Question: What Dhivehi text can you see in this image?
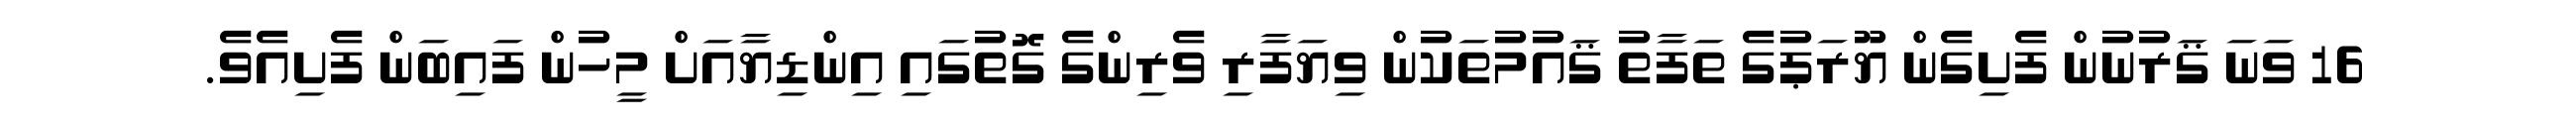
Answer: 16 ވަނަ ޤަރުނުން ފެށިގެން ޔޫރަޕުގެ ތަފާތު ޤައުމުތަކުން ވިޔަފާރި ވެރިންގެ ގޮތުގައި އިންޑިޔާއަށް މީހުން ފައިބަން ފެށިއެވެ.